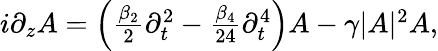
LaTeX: \begin{array}{r}{i\partial_{z}A=\left(\frac{\beta_{2}}{2}\partial_{t}^{2}-\frac{\beta_{4}}{24}\partial_{t}^{4}\right)A-\gamma|A|^{2}A,}\end{array}